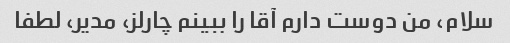
سلام، من دوست دارم آقا را ببینم چارلز، مدیر، لطفا